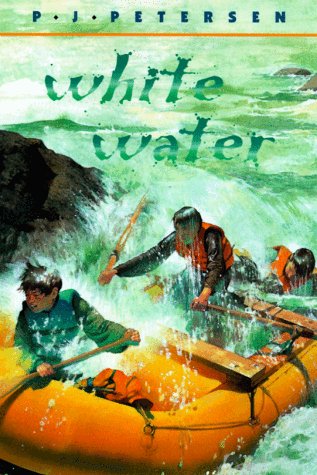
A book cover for White Water; P.J. Petersen; Sports & Outdoors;